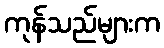
ကုန်သည်များက